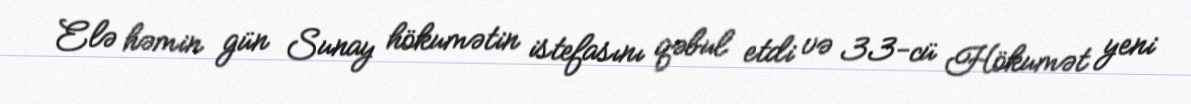
Elə həmin gün Sunay hökumətin istefasını qəbul etdi və 33-cü Hökumət yeni